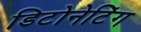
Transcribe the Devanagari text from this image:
डिटोनेटिंग